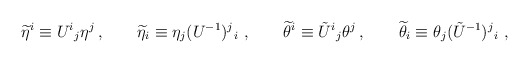
\begin{align*}\widetilde{\eta}^i \equiv U^i{}_j \eta^j\,,\qquad\widetilde{\eta}_i \equiv \eta_j (U^{-1})^j{}_i \ ,\qquad\widetilde{\theta}^i \equiv \tilde{U}^i{}_j \theta^j\,,\qquad\widetilde{\theta}_i \equiv \theta_j (\tilde{U}^{-1})^j{}_i \ ,\end{align*}